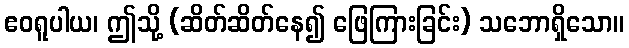
ဧဝရူပါယ၊ ဤသို့ (ဆိတ်ဆိတ်နေ၍ ဖြေကြားခြင်း) သဘောရှိသော။